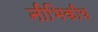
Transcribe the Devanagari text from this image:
नीभिकीय